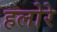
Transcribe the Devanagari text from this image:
हलोरे